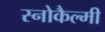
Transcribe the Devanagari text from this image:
स्नोकैल्मी